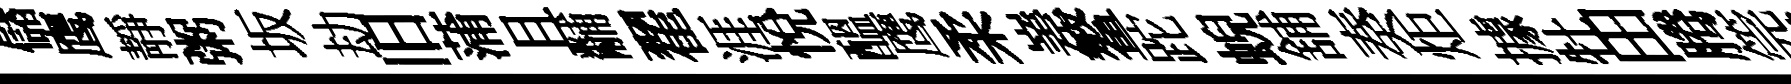
儲鹰靜粥坂劫旧蒲且黼翟涯悅醖鹰柔嵳鳌跎蜺舖奏炬據牡田腾筦横